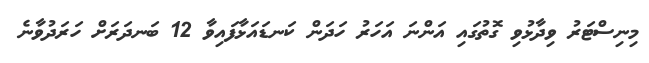
މިނިސްޓަރު ވިދާޅުވި ގޮތުގައި އަންނަ އަހަރު ހަދަން ކަނޑައަޅާފައިވާ 12 ބަނދަރަށް ހަރަދުވާނެ